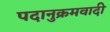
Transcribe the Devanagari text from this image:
पदानुक्रमवादी